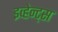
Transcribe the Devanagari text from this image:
इव्हेन्ट्‌स